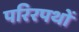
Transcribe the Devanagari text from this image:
परिरपथों